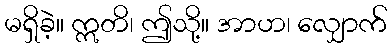
မရှိခဲ့။ ဣတိ၊ ဤသို့။ အာဟ၊ လျှောက်